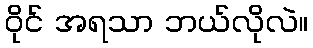
ဝိုင် အရသာ ဘယ်လိုလဲ။